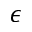
\epsilon